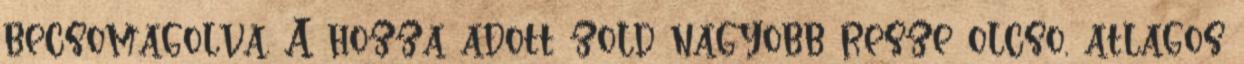
becsomagolva. A hozza adott zold nagyobb resze olcso, atlagos